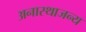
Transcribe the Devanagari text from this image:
अनास्थाजन्य